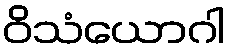
ဝိသံယောဂါ